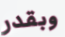
وبقدر